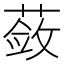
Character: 蔹